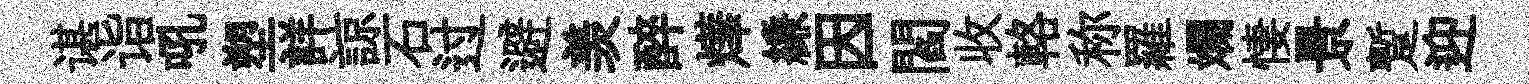
谌诣吼塑詳諒石过避羡醉燁縑因閻收輅称羅斕悽景蹔迎